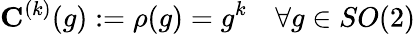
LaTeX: \mathbf{C}^{(k)}(g):=\rho(g)=g^{k}\quad\forall g\in SO(2)